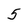
Character: 5